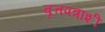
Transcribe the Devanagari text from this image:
वृत्तपत्राशी